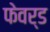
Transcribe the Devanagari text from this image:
फेवर्ड